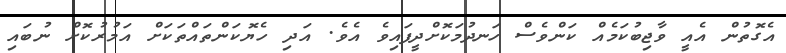
އެގޮތުން އެއީ ވާޖިބުކަމެއް ކަންވެސް ހަނދުމަކޮށްދީފައިވެ އެވެ. އަދި ހެޔޮކަންތައްތަކަށް އަމުރުކޮށް ނުބައި